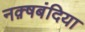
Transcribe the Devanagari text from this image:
नक़्षबंदिया